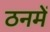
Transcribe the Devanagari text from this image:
ठनमें